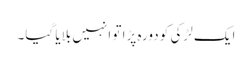
ایک لڑکی کو دورہ پڑا تو انہیں بلایا گیا۔